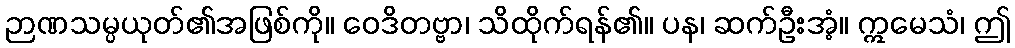
ဉာဏသမ္ပယုတ်၏အဖြစ်ကို။ ဝေဒိတဗ္ဗာ၊ သိထိုက်ရန်၏။ ပန၊ ဆက်ဦးအံ့။ ဣမေသံ၊ ဤ